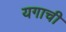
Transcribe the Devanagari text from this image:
यगाची